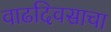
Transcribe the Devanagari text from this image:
वाढदिवसाचा